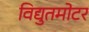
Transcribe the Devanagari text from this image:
विद्युतमोटर